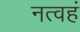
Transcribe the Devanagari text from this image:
नत्वहं